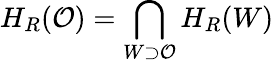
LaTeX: H_{R}(\mathcal{O})=\bigcap_{W\supset\mathcal{O}}H_{R}(W)